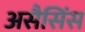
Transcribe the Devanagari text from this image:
असैसिंस